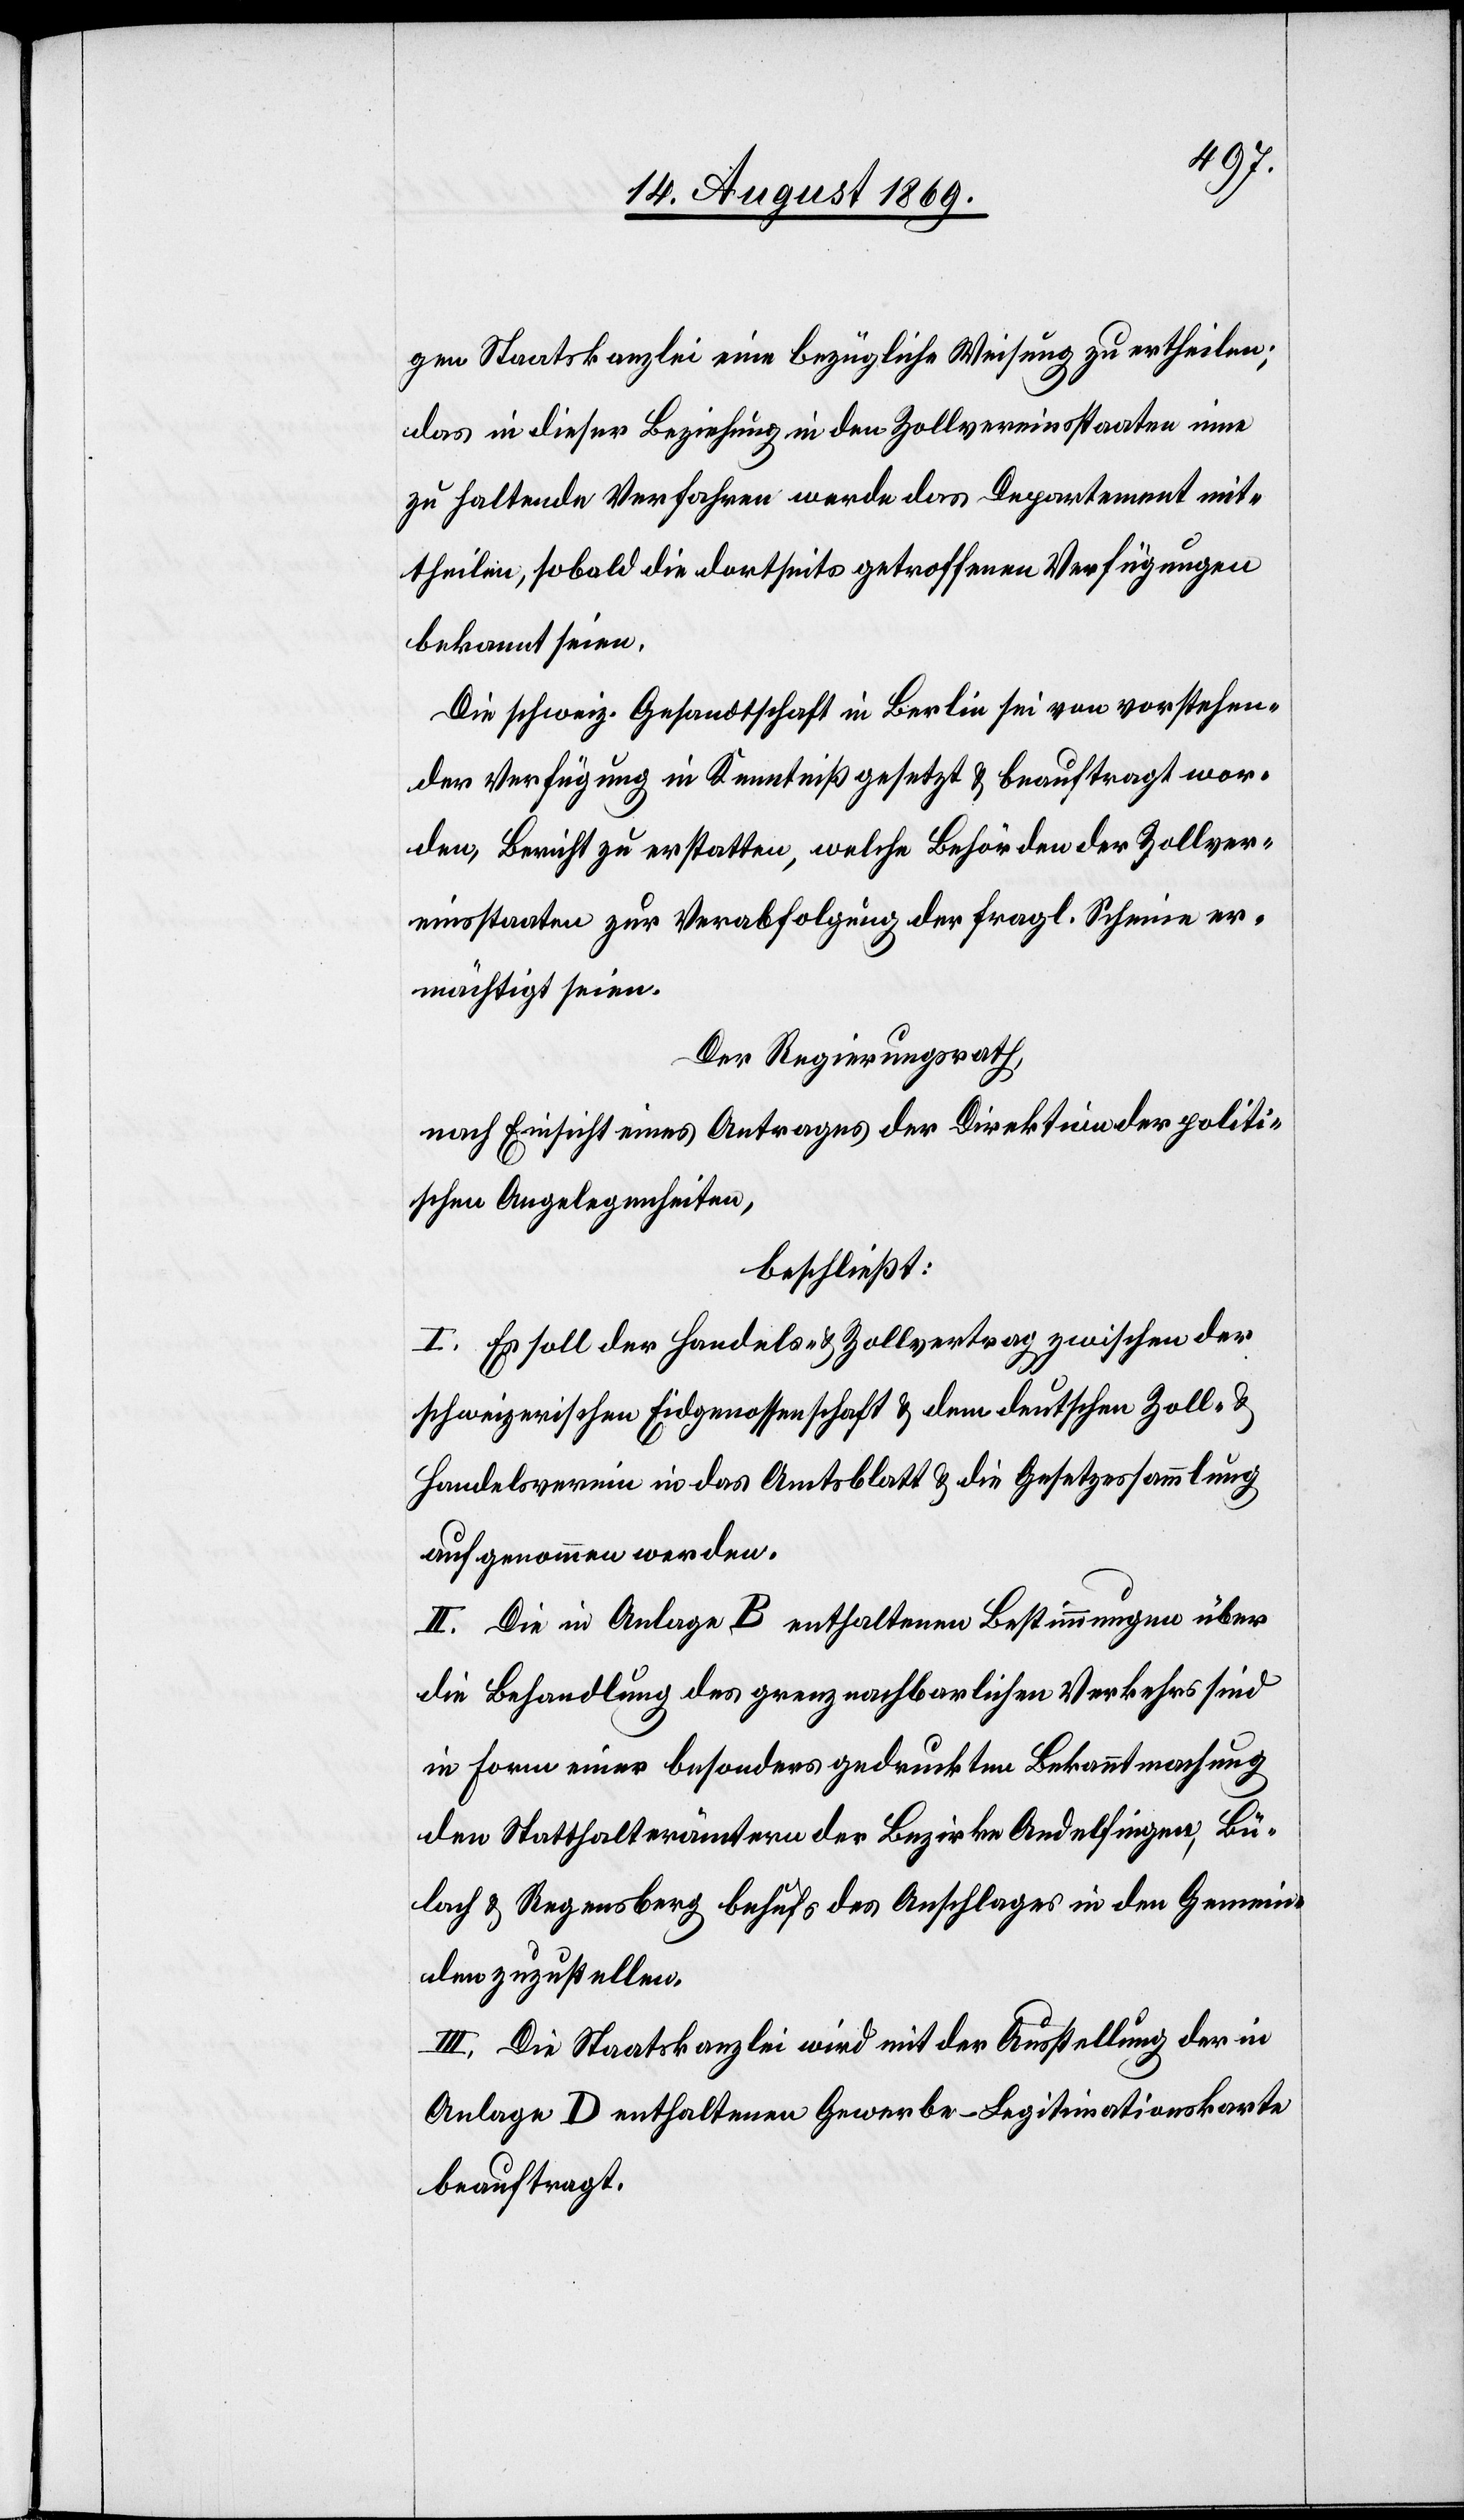
gen Staatskanzlei eine bezügliche Weisung zu ertheilen;
das in dieser Beziehung in den Zollvereinsstaaten inne
zu haltende Verfahren werde das Departement mit¬
theilen, sobald die dortseits getroffenen Verfügungen
bekannt seien.
Die schweiz. Gesandtschaft in Berlin sei von vorstehen¬
der Verfügung in Kenntniß gesetzt & beauftragt wor¬
den, Bericht zu erstatten, welche Behörden der Zollver¬
einsstaaten zur Verabfolgung der fragl. Scheine er¬
mächtigt seien.
Der Regierungsrath,
nach Einsicht eines Antrages der Direktion der politi¬
schen Angelegenheiten,
beschließt:
I. Es soll der Handels- & Zollvertrag zwischen der
schweizerischen Eidgenossenschaft & dem deutschen Zoll- &
Handelsverein in das Amtsblatt & die Gesetzessammlung
aufgenommen werden.
II. Die in Anlage B enthaltenen Bestimmungen über
die Behandlung des grenznachbarlichen Verkehrs sind
in Form einer besonders gedruckten Bekanntmachung
den Statthalterämtern des Bezirkes Andelfingen, Bü¬
lach & Regensberg behufs des Anschlages in den Gemein¬
den zuzustellen.
III. Die Staatskanzlei wird mit der Ausstellung der in
Anlage D enthaltenen Gewerbe-Legitimationskarte
beauftragt.